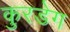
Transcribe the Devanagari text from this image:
कुरडेग